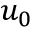
u _ { 0 }